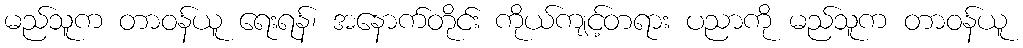
မည်သူက တာဝန်ယူ ရေးရန်၊ အနောက်တိုင်း ကိုယ်ကျင့်တရား ပညာကို မည်သူက တာဝန်ယူ